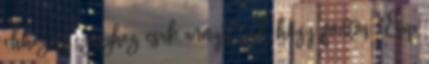
ehhez az egészhez, csak annyit tud, hogy fontos. “Épp